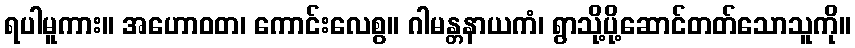
ရပါမူကား။ အဟောဝတ၊ ကောင်းလေစွ။ ဂါမန္တနာယကံ၊ ရွာသို့ပို့ဆောင်တတ်သောသူကို။